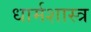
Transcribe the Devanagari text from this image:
धार्मशास्त्र